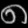
Digit: ၈